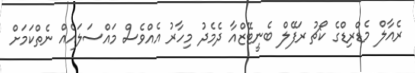
ރެއާލް މެޑްރިޑްގެ ކޯޗު ރަފޭލް ބެނީޓޭޒްއާ ދެމެދު މިހާރު އެއްވެސް މައްސަލައެއް ނެތްކަމަށް